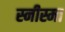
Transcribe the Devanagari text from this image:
स्नीस्मा